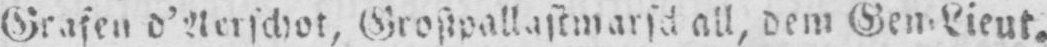
dem Gen⸗Lieut.